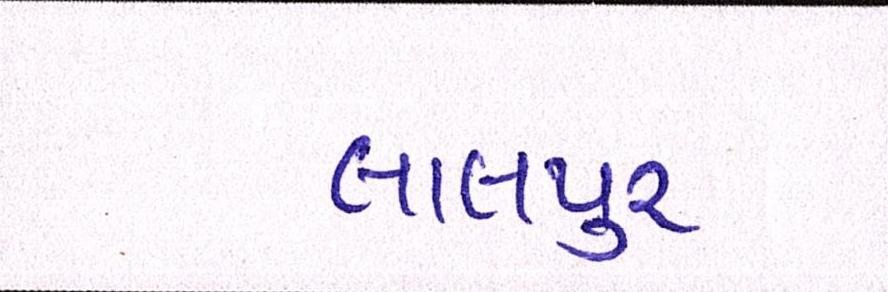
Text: લાલપુર